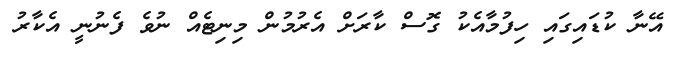
އޭނާ ކުޑައިގައި ހިފުމާއެކު ގޮސް ކާރަށް އެރުމުން މިނިޓެއް ނުވެ ފެނުނީ އެކާރު